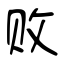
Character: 败